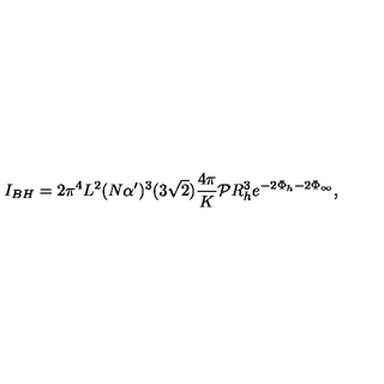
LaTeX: I _ { B H } = 2 \pi ^ { 4 } L ^ { 2 } ( N \alpha ^ { \prime } ) ^ { 3 } ( 3 \sqrt { 2 } ) \frac { 4 \pi } { K } { \cal P } R _ { h } ^ { 3 } e ^ { - 2 \Phi _ { h } - 2 \Phi _ { \infty } } ,